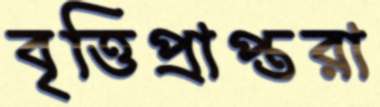
বৃত্তিপ্রাপ্তরা